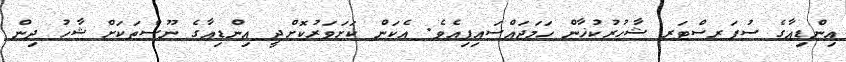
އިންޑިއާގެ ސުޕަރސްޓަރ ޝާހުރުކުޚާން ހަމަޖައްސައިފިއެވެ. އެކަން ކަށަވަރުކޮށްދީ އިންޑިއާގެ ނޫސްތަކަށް ޝާހު ދިން